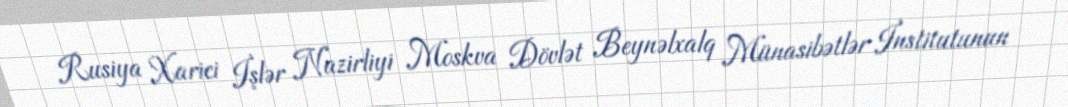
Rusiya Xarici İşlər Nazirliyi Moskva Dövlət Beynəlxalq Münasibətlər İnstitutunun